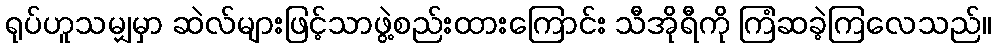
ရုပ်ဟူသမျှမှာ ဆဲလ်များဖြင့်သာဖွဲ့စည်းထားကြောင်း သီအိုရီကို ကြံဆခဲ့ကြလေသည်။